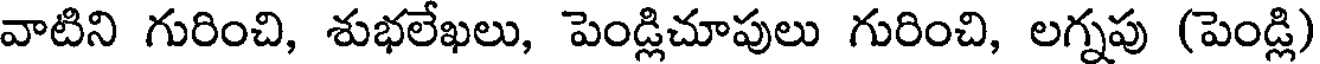
వాటిని గురించి, శుభలేఖలు, పెండ్లిచూపులు గురించి, లగ్నపు (పెండ్లి)